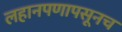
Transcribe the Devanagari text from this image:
लहानपणापसूनच